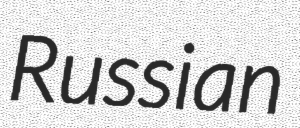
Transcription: Russian